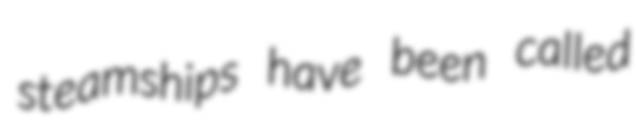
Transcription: steamships have been called